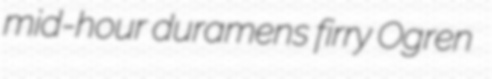
mid-hour duramens firry Ogren